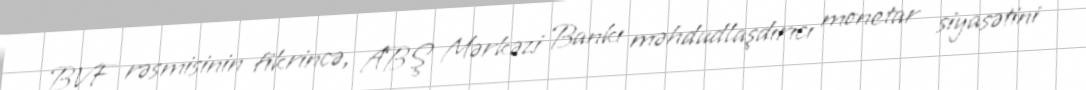
BVF rəsmisinin fikrincə, ABŞ Mərkəzi Bankı məhdudlaşdırıcı monetar siyasətini